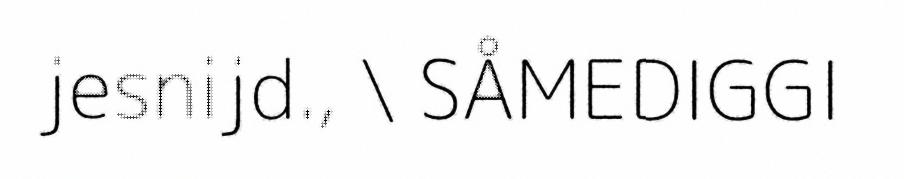
jesnijd., \ SÅMEDIGGI